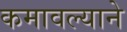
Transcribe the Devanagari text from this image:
कमावल्याने